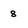
Character: 8